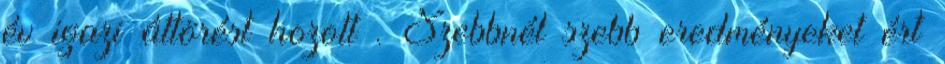
év igazi áttörést hozott . Szebbnél szebb eredményeket ért